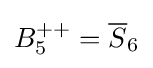
B_{5}^{++}={\overline {S}}_{6}